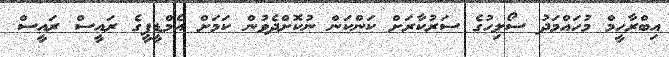
އިބްރާހީމް މުހައްމަދު ސޯލިހުގެ ސަރުކާރަށް ކަންކަން ނުކޮށްދެވުން ކަމަށް އެމްޑީޕީގެ ރައީސް ރައީސް